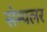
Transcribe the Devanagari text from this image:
सेम्पलर